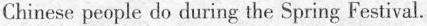
Chinese people do during the Spring Festival.